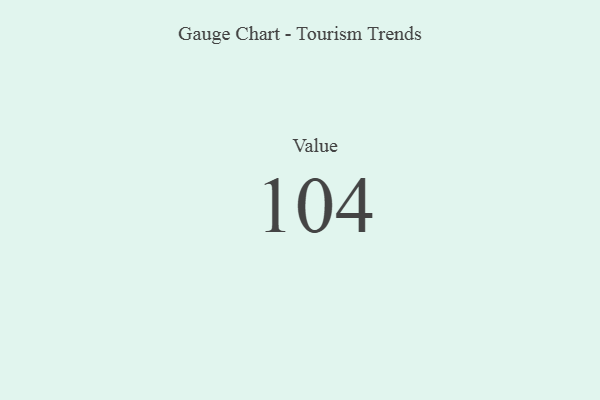
{"axis": {"x": "Metric", "y": "Value"}, "legend": [""], "data": [{"x": "Value", "y": 104, "type": ""}]}